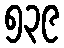
၅၃၉